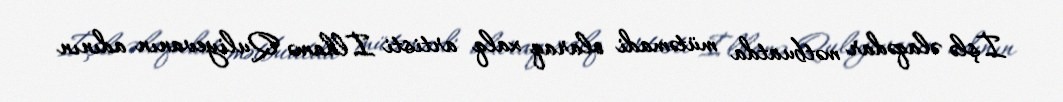
İşlə əlaqədar mətbuatda mütəmadi olaraq xalq artisti İlhamə Quliyevanın adının